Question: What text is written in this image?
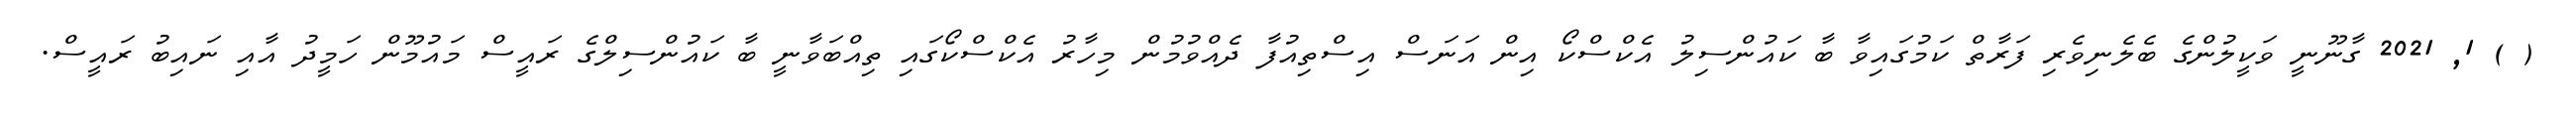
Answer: ( ) 1, 2021 ގާނޫނީ ވަކީލުންގެ ބެލެނިވެރި ފަރާތް ކަމުގައިވާ ބާ ކައުންސިލު އެކްސްކޯ އިން އަނަސް އިސްތިއުފާ ދެއްވުމުން މިހާރު އެކްސްކޯގައި ތިއްބަވާނީ ބާ ކައުންސިލްގެ ރައީސް މައުމޫން ހަމީދު އާއި ނައިބު ރައީސް.